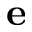
\mathbf { e }